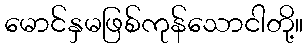
မောင်နှမဖြစ်ကုန်သောငါတို့။